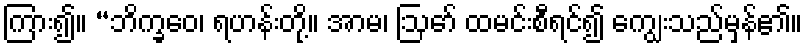
ကြား၍။ “ဘိက္ခဝေ၊ ရဟန်းတို့။ အာမ၊ ဩော် ထမင်းစီရင်၍ ကျွေးသည်မှန်၏။